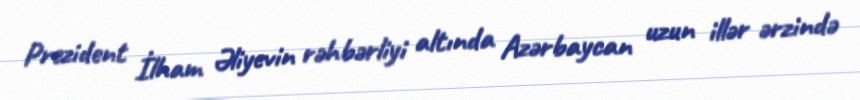
Prezident İlham Əliyevin rəhbərliyi altında Azərbaycan uzun illər ərzində